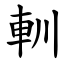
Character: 䡅